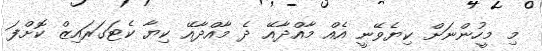
މި މީހުންނަށް ކިޔެވޭނީ އެއް މާއްދާއޭ ދެ މާއްދާއޭ ކިޔާ ކެޓަގަރައިޒް ކޮށްފަ